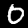
Digit: 0